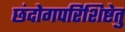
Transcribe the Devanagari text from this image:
छंदोगपरिशिष्टेतु